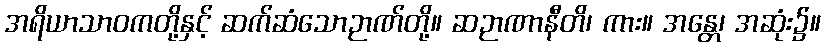
အရိယာသာဝကတို့နှင့် ဆက်ဆံသောဉာဏ်တို့။ ဆဉာဏာနီတိ၊ ကား။ အန္တေ၊ အဆုံး၌။